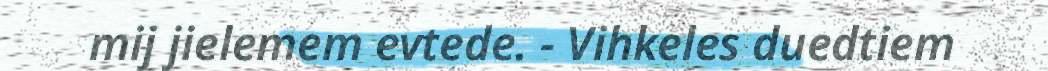
mij jielemem evtede. - Vihkeles duedtiem